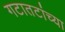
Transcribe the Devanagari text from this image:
गटातटांच्या